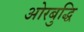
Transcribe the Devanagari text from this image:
ओरबुद्धि